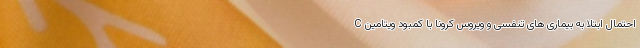
احتمال ابتلا به بیماری های تنفسی و ویروس کرونا با کمبود ویتامین C